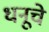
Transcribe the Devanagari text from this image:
धनूचे